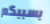
بسببكم